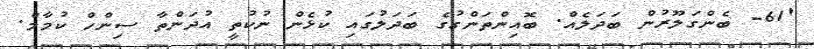
'61- ބެންގަލޫރުން ބަދަލެއް. ބޮއިންތަންގުގެ ބަދަލުގައި ކުޅެން ނުކުތީ އުދަންތާ ސިންހް ކުމާމް.